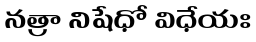
నత్రా నిషేధో విధేయః